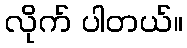
လိုက် ပါတယ်။